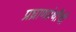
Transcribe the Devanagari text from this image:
प्रघ्राणग्रंथींची